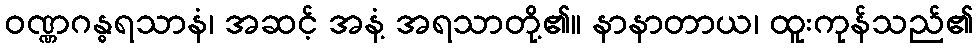
ဝဏ္ဏဂန္ဓရသာနံ၊ အဆင့် အနံ့ အရသာတို့၏။ နာနာတာယ၊ ထူးကုန်သည်၏